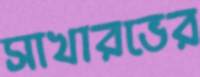
সাখারভের